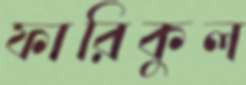
ফারিকুল